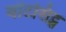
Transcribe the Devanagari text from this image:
वॉटसिट्स